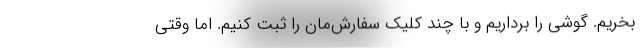
بخریم. گوشی را برداریم و با چند کلیک سفارش‌مان را ثبت کنیم. اما وقتی